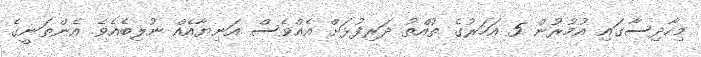
މިހާދިސާގައި އުމުރުން 5 އަހަރުގެ ތުއްތު ދަރިފުޅަށް އެއްވެސް އަނިޔާއެއް ނުލިބެއެވެ. އެންތަނީގެ